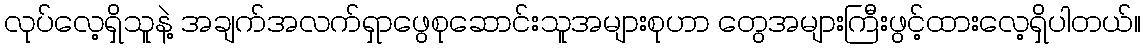
လုပ်လေ့ရှိသူနဲ့ အချက်အလက်ရှာဖွေစုဆောင်းသူအများစုဟာ တွေအများကြီးဖွင့်ထားလေ့ရှိပါတယ်။